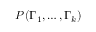
P ( \Gamma _ { 1 } , \dots , \Gamma _ { k } )